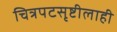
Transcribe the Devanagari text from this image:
चित्रपटसृष्टीलाही